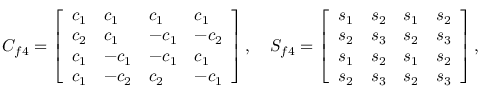
C _ { f 4 } = \left[ \begin{array} { l l l l } { c _ { 1 } } & { c _ { 1 } } & { c _ { 1 } } & { c _ { 1 } } \\ { c _ { 2 } } & { c _ { 1 } } & { - c _ { 1 } } & { - c _ { 2 } } \\ { c _ { 1 } } & { - c _ { 1 } } & { - c _ { 1 } } & { c _ { 1 } } \\ { c _ { 1 } } & { - c _ { 2 } } & { c _ { 2 } } & { - c _ { 1 } } \end{array} \right] , \quad S _ { f 4 } = \left[ \begin{array} { l l l l } { s _ { 1 } } & { s _ { 2 } } & { s _ { 1 } } & { s _ { 2 } } \\ { s _ { 2 } } & { s _ { 3 } } & { s _ { 2 } } & { s _ { 3 } } \\ { s _ { 1 } } & { s _ { 2 } } & { s _ { 1 } } & { s _ { 2 } } \\ { s _ { 2 } } & { s _ { 3 } } & { s _ { 2 } } & { s _ { 3 } } \end{array} \right] ,